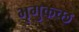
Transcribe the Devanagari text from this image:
भृगुकच्छ